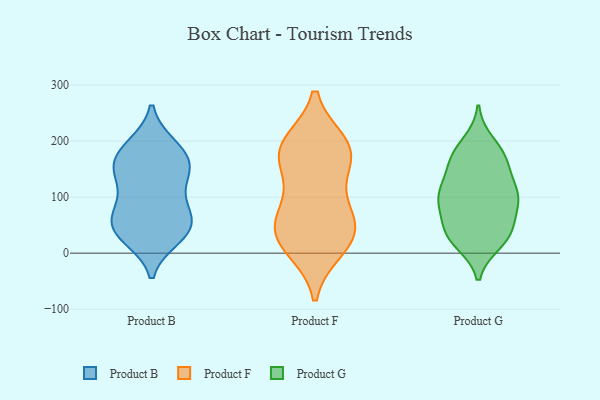
{"axis": {"x": "Shipments", "y": "Value"}, "legend": ["Product B", "Product F", "Product G"], "data": [{"x": "", "y": 62, "type": "Product B"}, {"x": "", "y": 141, "type": "Product B"}, {"x": "", "y": 143, "type": "Product B"}, {"x": "", "y": 30, "type": "Product B"}, {"x": "", "y": 88, "type": "Product B"}, {"x": "", "y": 38, "type": "Product B"}, {"x": "", "y": 53, "type": "Product B"}, {"x": "", "y": 142, "type": "Product B"}, {"x": "", "y": 27, "type": "Product B"}, {"x": "", "y": 192, "type": "Product B"}, {"x": "", "y": 94, "type": "Product B"}, {"x": "", "y": 68, "type": "Product B"}, {"x": "", "y": 152, "type": "Product B"}, {"x": "", "y": 191, "type": "Product B"}, {"x": "", "y": 178, "type": "Product B"}, {"x": "", "y": 165, "type": "Product B"}, {"x": "", "y": 43, "type": "Product B"}, {"x": "", "y": 174, "type": "Product F"}, {"x": "", "y": 44, "type": "Product F"}, {"x": "", "y": 25, "type": "Product F"}, {"x": "", "y": 53, "type": "Product F"}, {"x": "", "y": 10, "type": "Product F"}, {"x": "", "y": 105, "type": "Product F"}, {"x": "", "y": 187, "type": "Product F"}, {"x": "", "y": 71, "type": "Product F"}, {"x": "", "y": 27, "type": "Product F"}, {"x": "", "y": 173, "type": "Product F"}, {"x": "", "y": 181, "type": "Product F"}, {"x": "", "y": 194, "type": "Product F"}, {"x": "", "y": 93, "type": "Product G"}, {"x": "", "y": 196, "type": "Product G"}, {"x": "", "y": 30, "type": "Product G"}, {"x": "", "y": 20, "type": "Product G"}, {"x": "", "y": 174, "type": "Product G"}, {"x": "", "y": 109, "type": "Product G"}, {"x": "", "y": 28, "type": "Product G"}, {"x": "", "y": 123, "type": "Product G"}, {"x": "", "y": 34, "type": "Product G"}, {"x": "", "y": 42, "type": "Product G"}, {"x": "", "y": 101, "type": "Product G"}, {"x": "", "y": 163, "type": "Product G"}, {"x": "", "y": 170, "type": "Product G"}, {"x": "", "y": 94, "type": "Product G"}, {"x": "", "y": 163, "type": "Product G"}, {"x": "", "y": 55, "type": "Product G"}, {"x": "", "y": 105, "type": "Product G"}, {"x": "", "y": 93, "type": "Product G"}]}